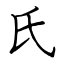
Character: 氏